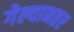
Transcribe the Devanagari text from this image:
गेल्यानतर